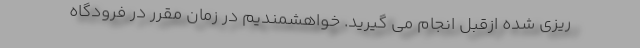
ریزی شده ازقبل انجام می گیرید. خواهشمندیم در زمان مقرر در فرودگاه